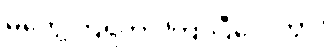
မတွေ့ကြရတာ ကြာပြီလေကွာ။